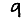
Digit: 9